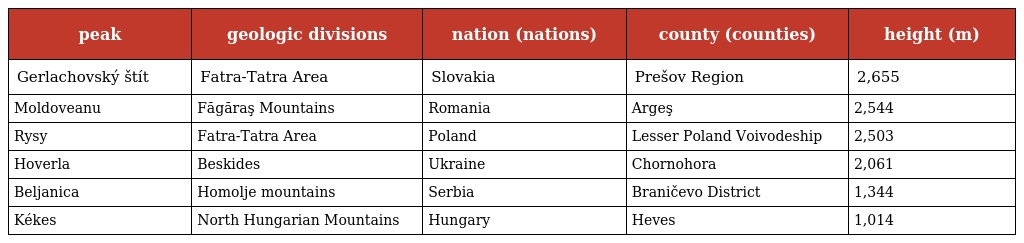
| peak | geologic divisions | nation (nations) | county (counties) | height (m) |
 | --- | --- | --- | --- | --- |
 | Gerlachovský štít | Fatra-Tatra Area | Slovakia | Prešov Region | 2,655 |
 | Moldoveanu | Făgăraş Mountains | Romania | Argeş | 2,544 |
 | Rysy | Fatra-Tatra Area | Poland | Lesser Poland Voivodeship | 2,503 |
 | Hoverla | Beskides | Ukraine | Chornohora | 2,061 |
 | Beljanica | Homolje mountains | Serbia | Braničevo District | 1,344 |
 | Kékes | North Hungarian Mountains | Hungary | Heves | 1,014 |